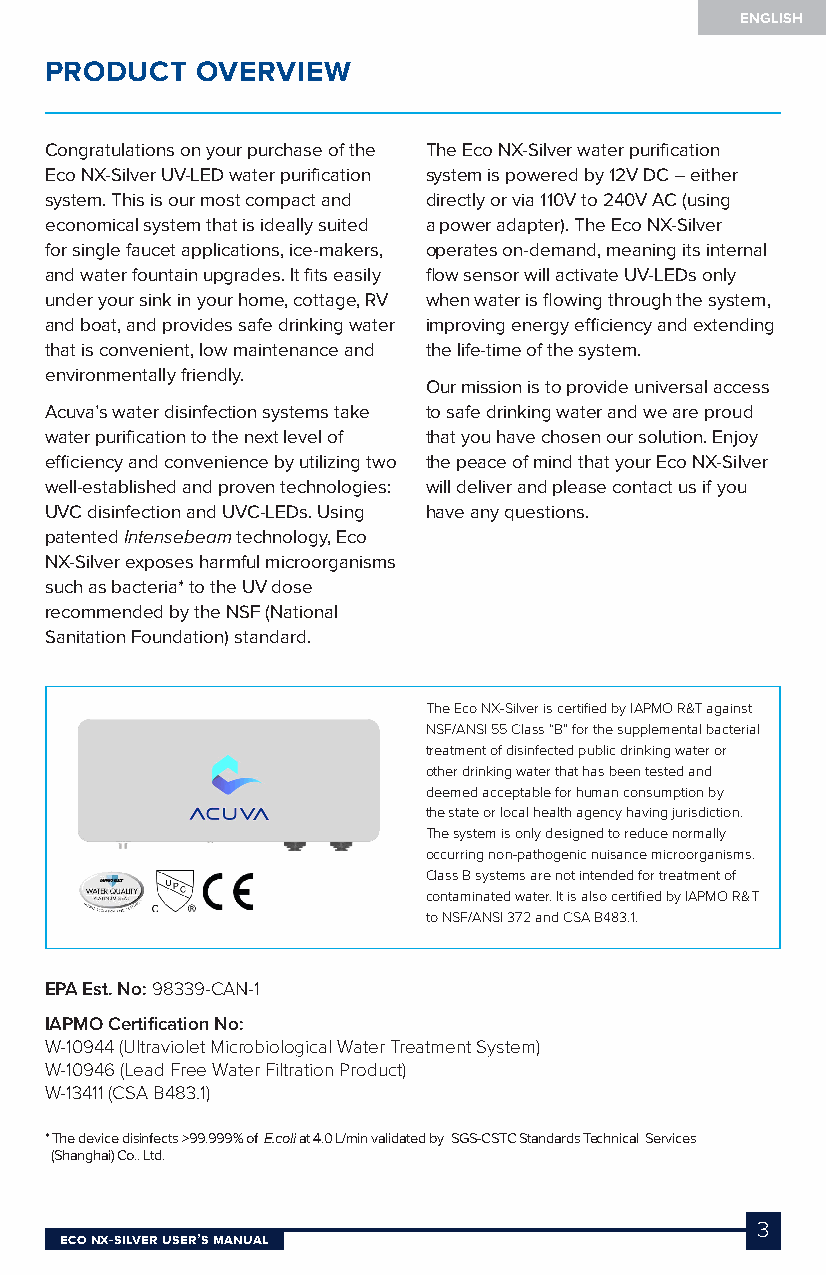
ENGLISH
 PRODUCT   OVERVIEW
 Congratulations on your purchase of the The Eco NX-Silver water purification
 Eco NX-Silver UV-LED water purification system is powered by 12V DC – either
 system. This is our most compact and directly or via 110V to 240V AC (using
 economical system that is ideally suited a power adapter). The Eco NX-Silver
 for single faucet applications, ice-makers, operates on-demand, meaning its internal
 and water fountain upgrades. It fits easily flow sensor will activate UV-LEDs only
 under your sink in your home, cottage, RV when water is flowing through the system,
 and boat, and provides safe drinking water improving energy efficiency and extending
 that is convenient, low maintenance and the life-time of the system.
 environmentally friendly.
 Our mission is to provide universal access
 Acuva’s water disinfection systems take to safe drinking water and we are proud
 water purification to the next level of that you have chosen our solution. Enjoy
 efficiency and convenience by utilizing two the peace of mind that your Eco NX-Silver
 well-established and proven technologies: will deliver and please contact us if you
 UVC disinfection and UVC-LEDs. Using have any questions.
 patented Intensebeam technology, Eco
 NX-Silver exposes harmful microorganisms
 such as bacteria* to the UV dose
 recommended by the NSF (National
 Sanitation Foundation) standard.
 The Eco NX-Silver is certified by IAPMO R&T against
 NSF/ANSI 55 Class “B” for the supplemental bacterial
 treatment of disinfected public drinking water or
 other drinking water that has been tested and
 deemed acceptable for human consumption by
 the state or local health agency having jurisdiction.
 The system is only designed to reduce normally
 occurring non-pathogenic nuisance microorganisms.
 Class B systems are not intended for treatment of
 contaminated water. It is also certified by IAPMO R&T
 to NSF/ANSI 372 and CSA B483.1.
 EPA Est. No: 98339-CAN-1
 IAPMO Certification No:
 W-10944 (Ultraviolet Microbiological Water Treatment System)
 W-10946 (Lead Free Water Filtration Product)
 W-13411 (CSA B483.1)
 * The device disinfects >99.999% of E.coli at 4.0 L/min validated by SGS-CSTC Standards Technical Services
 (Shanghai) Co.. Ltd.
 3
 Eco NX-SilvEr USEr’S MaNUal